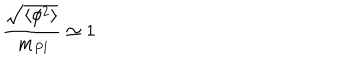
\frac { \sqrt { \langle \phi ^ { 2 } \rangle } } { \, m _ { P l } } \simeq 1